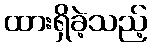
ထားရှိခဲ့သည့်